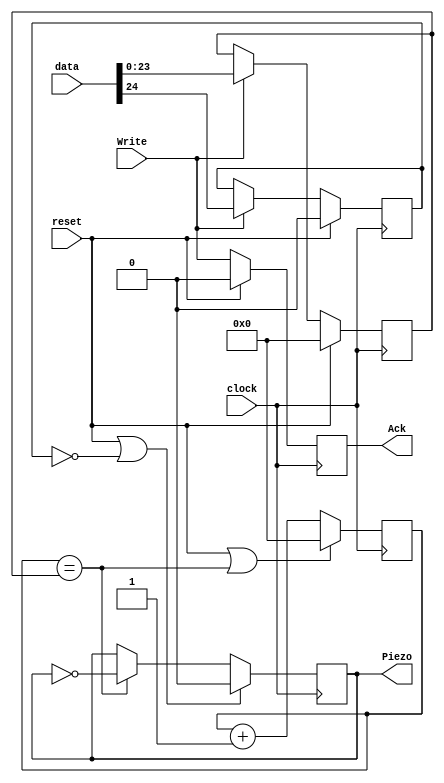
`timescale 1ns / 1ps
/*
 * Project      : University of Utah, XUM Project MIPS32 core
 * Creator(s)   : Grant Ayers (ayers@cs.utah.edu)
 *
 * Modification History:
 *   Rev   Date         Initials  Description of Change
 *   1.0   11-Jun-2012  GEA       Initial design.
 *
 * Standards/Formatting:
 *   Verilog 2001, 4 soft tab, wide column.
 *
 * Description:
 *   A sound driver for a piezo-electric transducer (or other
 *   oscillating device). When enabled, the output oscillates
 *   between high and low, switching at a rate determined by the
 *   'count' register and clock frequency. The output is enabled
 *   when the highest bit is set on a Write.
 */
module Piezo_Driver(
    input  clock,
    input  reset,
    input  [24:0] data,
    input  Write,
    output reg Ack,
    output reg Piezo
    );

    reg [23:0] count;
    reg [23:0] compare;
    reg enabled;
    
    always @(posedge clock) begin
        count   <= (reset | (count == compare)) ? 24'h000000 : count + 1;
        compare <= (reset) ? 24'h000000 : ((Write) ? data[23:0] : compare);
        enabled <= (reset) ? 0 : ((Write) ? data[24] : enabled);
        Piezo   <= (reset | ~enabled) ? 0 : ((count == compare) ? ~Piezo : Piezo);
        Ack     <= (reset) ? 0 : Write;
    end
    
endmodule